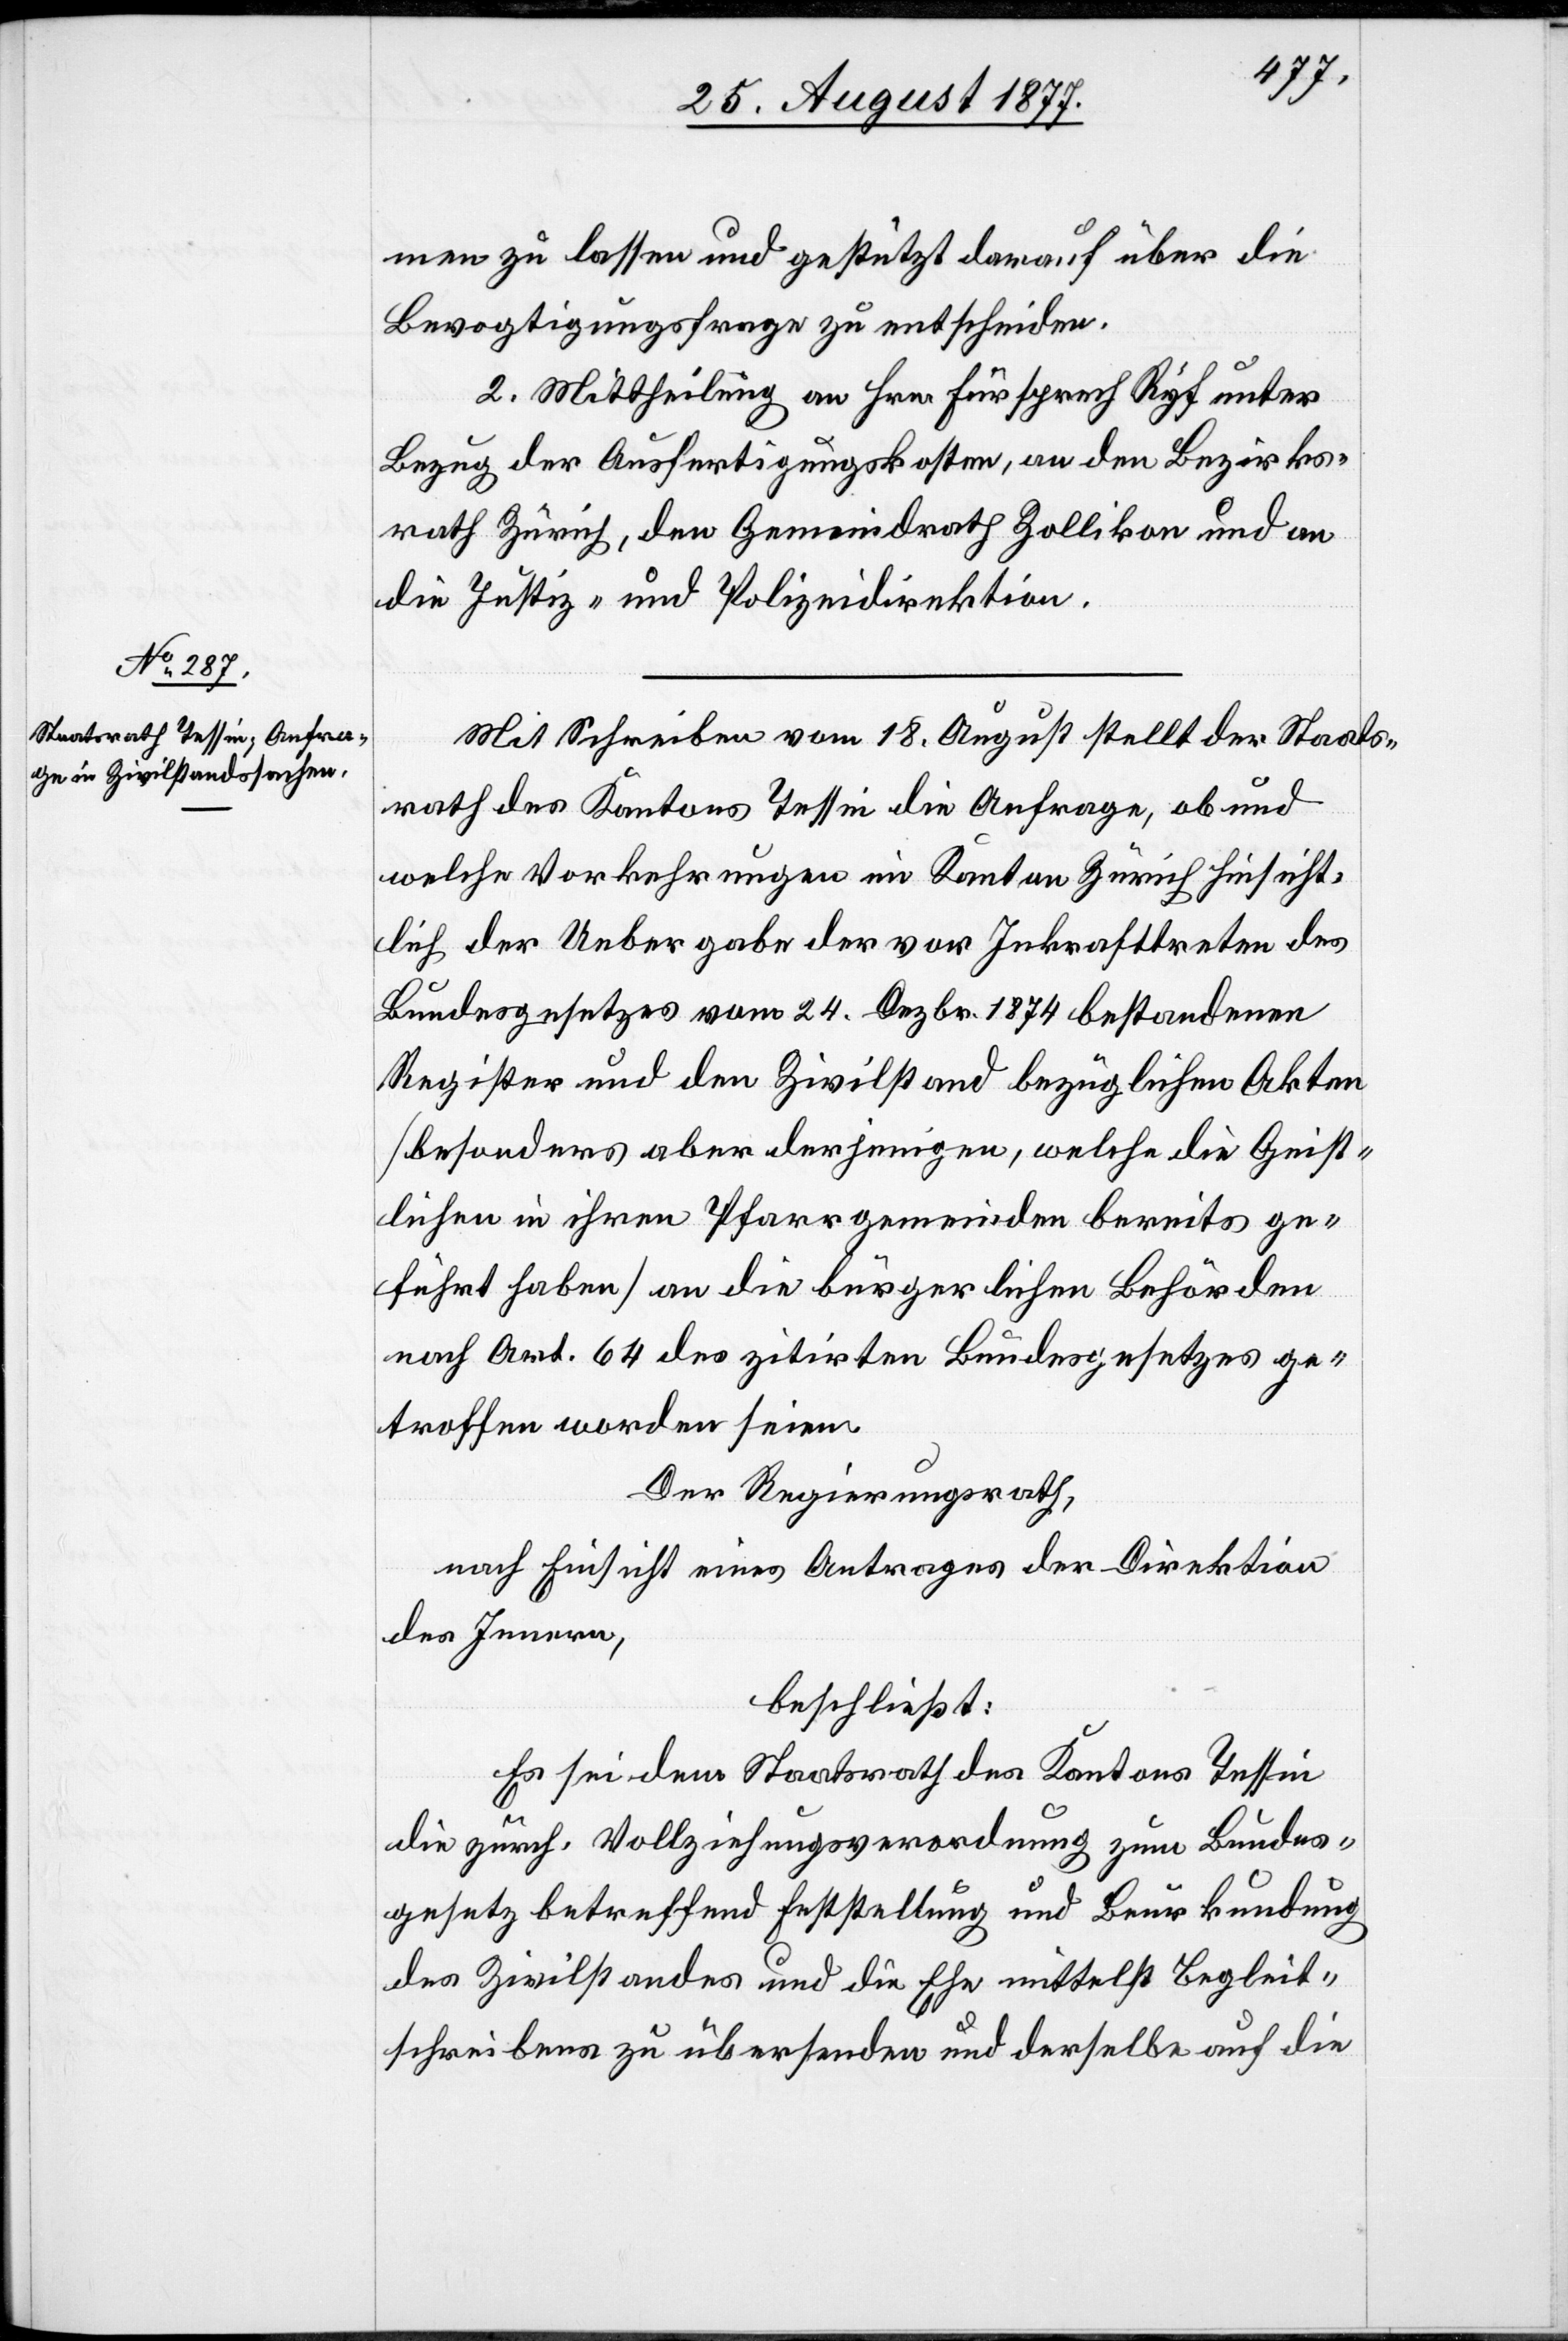
men zu lassen und gestützt darauf über die
Bevogtigungsfrage zu entscheiden.
2. Mittheilung an Hrn. Fürsprech Ryf unter
Bezug der Ausfertigungskosten, an den Bezirks¬
rath Zürich, den Gemeindrath Zollikon und an
die Justiz- und Polizeidirektion.
Mit Schreiben vom 18. August stellt der Staats¬
rath des Kantons Tessin die Anfrage, ob und
welche Vorkehrungen im Kanton Zürich hinsicht¬
lich der Uebergabe der vor Inkrafttreten des
Bundesgesetzes vom 24. Dezbr. 1874 bestandenen
Register und den Zivilstand bezüglichen Akten
[besonders aber derjenigen, welche die Geist¬
lichen in ihren Pfarrgemeinden bereits ge¬
führt haben] an die bürgerlichen Behörden
nach Art. 64 des zitirten Bundesgesetzes ge¬
troffen worden seien.
Der Regierungsrath,
nach Einsicht eines Antrages der Direktion
des Innern,
beschließt:
Es sei dem Staatsrath des Kantons Tessin
die zürch. Vollziehungsverordnung zum Bundes¬
gesetz betreffend Feststellung und Beurkundung
des Zivilstandes und die Ehe mittelst Begleit¬
schreibens zu übersenden und derselbe auf die